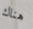
هناك